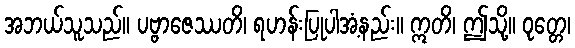
အဘယ်သူသည်။ ပဗ္ဗာဇေဿတိ၊ ရဟန်းပြုပါအံ့နည်း။ ဣတိ၊ ဤသို့။ ဝုတ္တေ၊